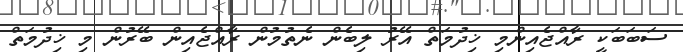
ސަބަބަކީ ރާއްޖެއިންމި ޚިދުމަތް އޭރު ލިބެން ނެތުމުން ރާއްޖެއިން ބޭރުން މި ޚިދުމަތް